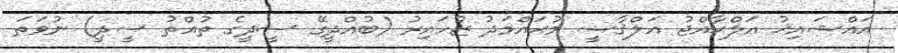
އައްޝައިޚު އަލްޙާއްޖު އަލްޤާޟީ މުޙައްމަދު ޒުހައިރު (ބުއްދީގޭ ސީދީގެ ތުއްތު ސީދީ) ނުވަތަ